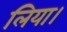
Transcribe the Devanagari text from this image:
लिया।